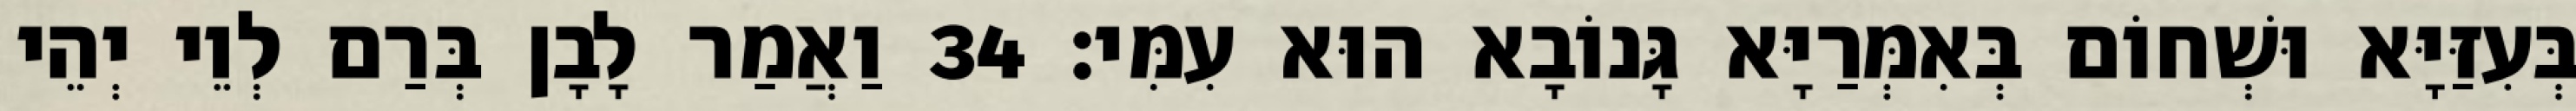
בְּעִזַּיָּא וּשְׁחוֹם בְּאִמְּרַיָּא גָּנוֹבָא הוּא עִמִּי׃ 34 וַאֲמַר לָבָן בְּרַם לְוֵי יְהֵי